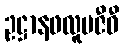
ဥဋ္ဌာနဖလူပဇီဝီ